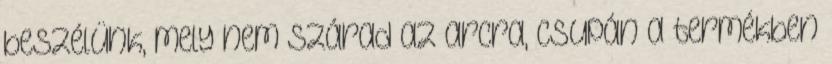
beszélünk, mely nem szárad az arcra, csupán a termékben